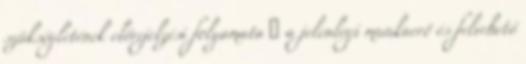
szükségletének előrejelzési folyamata ◦ a jelenlegi munkaerő és felvehető